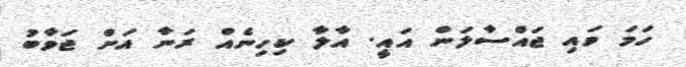
ހަމަ ވައި ޖައްސާލަން އައީ. އާލާ ކިހިނެއް ރަނާ އަށް ޖަވާބު